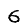
Digit: 6